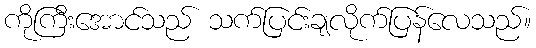
ကိုကြီးအောင်သည် သက်ပြင်းချလိုက်ပြန်လေသည်။